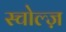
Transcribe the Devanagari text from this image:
स्चोल्ज़